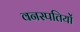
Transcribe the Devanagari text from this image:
वनस्‍पतियों